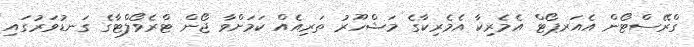
ގްރޭސްޓޯން އެއަރޕޯޓް އެމެރިކާ އެމެރިކާގެ މަޝްހޫރު ތަރިއެއް ކަމަށްވާ ޖޯން ޓްރެވޯލްޓާގެ ގަނޑުވަރުގައި